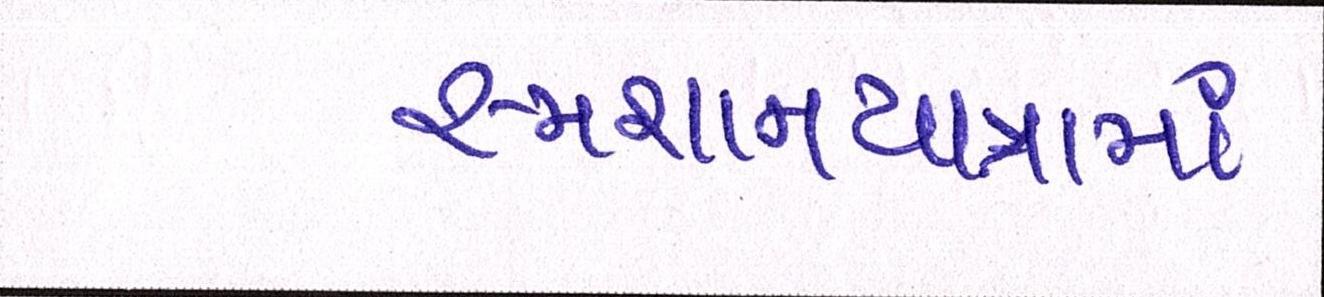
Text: સ્મશાનયાત્રામાં